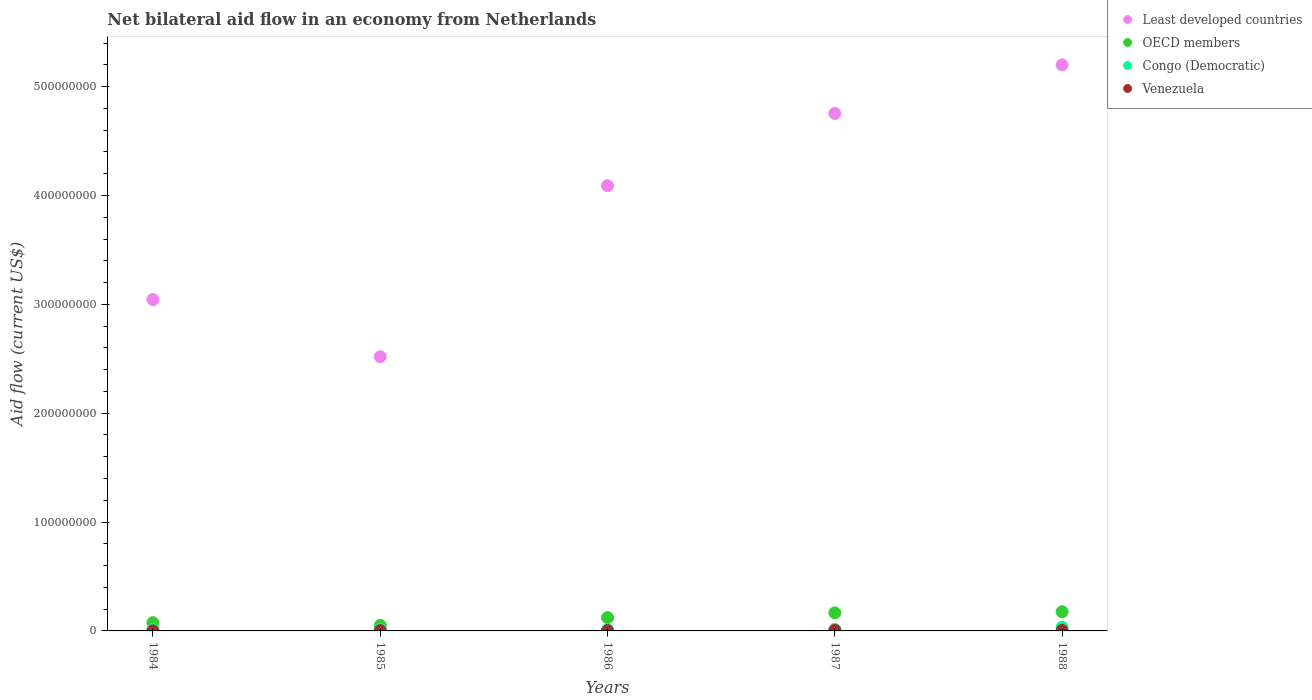
| Years | Least developed countries | OECD members | Congo (Democratic) | Venezuela |
 | --- | --- | --- | --- | --- |
 | 1984 | 3.04e+08 | 7.6e+06 | 1.43e+06 | 1.1e+05 |
 | 1985 | 2.52e+08 | 5.03e+06 | 1.69e+06 | 3.2e+05 |
 | 1986 | 4.09e+08 | 1.22e+07 | 1.19e+06 | 3.2e+05 |
 | 1987 | 4.75e+08 | 1.66e+07 | 1.37e+06 | 4.7e+05 |
 | 1988 | 5.2e+08 | 1.76e+07 | 3.35e+06 | 3.9e+05 |